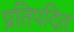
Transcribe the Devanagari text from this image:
प्रतिपदित